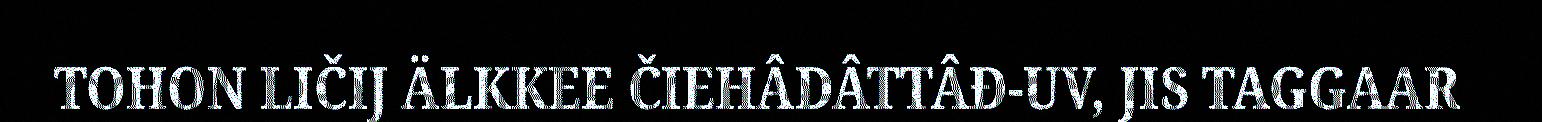
TOHON LIČIJ ÄLKKEE ČIEHÂDÂTTÂĐ-UV, JIS TAGGAAR